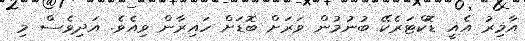
އާމިރު އެއީ ޑޮކްޓަރެކޭ ބުނުމުން ވަރަށް ބޮޑަށް ހައިރާން ވިއެވެ. އަދިވެސް މި